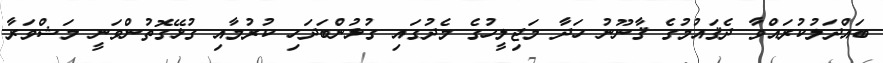
ބައްދަލުކުރައްވާ ދެޤައުމުގެ ޤާނޫނު ހަދާ މަޖިލީހުގެ މެދުގައި ގުޅުންބަދަހި ކުރުމާއި ގުޅޭގޮތުންވަނީ މަޝްވަރާ